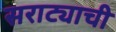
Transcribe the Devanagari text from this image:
सराट्याची